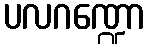
ပလဂဏ္ဍော